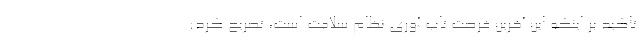
تاکید بر اینکه این آخرین فرصت تاب آوری نظام سلامت است، تصریح کرد: